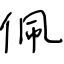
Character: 佩